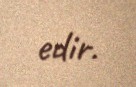
edir.